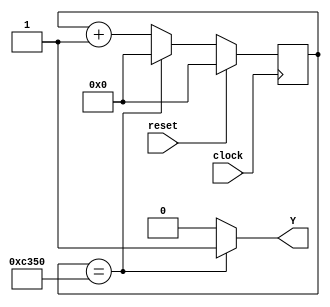
module clock_converter(output Y, input clock, input reset );
	reg elapsed; 
	reg [25:0] state;
	always @(posedge clock) if (reset == 1) state <= 0;
	else if (state == 50000) state <= 0; else state <= state + 1;
	always @(state)
	if (state == 50000) elapsed = 1;
	else elapsed = 0; assign Y = elapsed;
endmodule